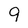
Character: 9